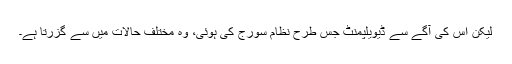
لیکن اس کی آگے سے ڈیویلپمنٹ جس طرح نظام سورج کی ہوئی، وہ مختلف حالات میں سے گزرتا ہے۔